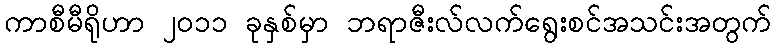
ကာစီမီရိုဟာ ၂၀၁၁ ခုနှစ်မှာ ဘရာဇီးလ်လက်ရွေးစင်အသင်းအတွက်